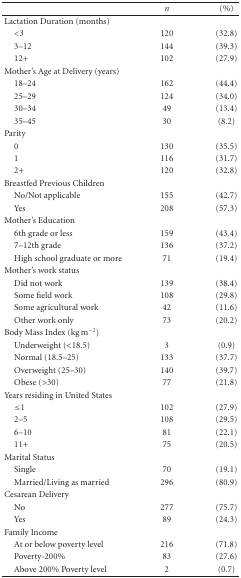
<table><thead><tr><td></td><td><b><i>n</i></b></td><td><b>(%)</b></td></tr></thead><tbody><tr><td>Lactation Duration (months)</td><td></td><td></td></tr><tr><td>&lt;3</td><td>120</td><td>(32.8)</td></tr><tr><td>3–12</td><td>144</td><td>(39.3)</td></tr><tr><td>12+</td><td>102</td><td>(27.9)</td></tr><tr><td>Mother&#x27;s Age at Delivery (years)</td><td></td><td></td></tr><tr><td>18–24</td><td>162</td><td>(44.4)</td></tr><tr><td>25–29</td><td>124</td><td>(34.0)</td></tr><tr><td>30–34</td><td>49</td><td>(13.4)</td></tr><tr><td>35–45</td><td>30</td><td>(8.2)</td></tr><tr><td>Parity</td><td></td><td></td></tr><tr><td> 0</td><td>130</td><td>(35.5)</td></tr><tr><td> 1</td><td>116</td><td>(31.7)</td></tr><tr><td> 2+</td><td>120</td><td>(32.8)</td></tr><tr><td>Breastfed Previous Children</td><td></td><td></td></tr><tr><td>No/Not applicable</td><td>155</td><td>(42.7)</td></tr><tr><td>Yes</td><td>208</td><td>(57.3)</td></tr><tr><td>Mother&#x27;s Education</td><td></td><td></td></tr><tr><td>6th grade or less</td><td>159</td><td>(43.4)</td></tr><tr><td>7–12th grade</td><td>136</td><td>(37.2)</td></tr><tr><td>High school graduate or more</td><td>71</td><td>(19.4)</td></tr><tr><td>Mother&#x27;s work status</td><td></td><td></td></tr><tr><td>Did not work</td><td>139</td><td>(38.4)</td></tr><tr><td>Some field work</td><td>108</td><td>(29.8)</td></tr><tr><td>Some agricultural work</td><td>42</td><td>(11.6)</td></tr><tr><td>Other work only</td><td>73</td><td>(20.2)</td></tr><tr><td>Body Mass Index (kg m<sup>−2</sup>)</td><td></td><td></td></tr><tr><td>Underweight (&lt;18.5)</td><td>3</td><td>(0.9)</td></tr><tr><td>Normal (18.5–25)</td><td>133</td><td>(37.7)</td></tr><tr><td>Overweight (25–30)</td><td>140</td><td>(39.7)</td></tr><tr><td>Obese (&gt;30)</td><td>77</td><td>(21.8)</td></tr><tr><td>Years residing in United States</td><td></td><td></td></tr><tr><td>≤1</td><td>102</td><td>(27.9)</td></tr><tr><td>2–5</td><td>108</td><td>(29.5)</td></tr><tr><td>6–10</td><td>81</td><td>(22.1)</td></tr><tr><td>11+</td><td>75</td><td>(20.5)</td></tr><tr><td>Marital Status</td><td></td><td></td></tr><tr><td>Single</td><td>70</td><td>(19.1)</td></tr><tr><td>Married/Living as married</td><td>296</td><td>(80.9)</td></tr><tr><td>Cesarean Delivery</td><td></td><td></td></tr><tr><td>No</td><td>277</td><td>(75.7)</td></tr><tr><td>Yes</td><td>89</td><td>(24.3)</td></tr><tr><td>Family Income</td><td></td><td></td></tr><tr><td>At or below poverty level</td><td>216</td><td>(71.8)</td></tr><tr><td>Poverty-200%</td><td>83</td><td>(27.6)</td></tr><tr><td>Above 200% Poverty level</td><td>2</td><td>(0.7)</td></tr></tbody></table>